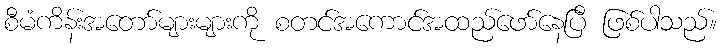
စီမံကိန်းအတော်များများကို စတင်အကောင်အထည်ဖော်နေပြီ ဖြစ်ပါသည်။